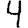
Digit: 4